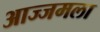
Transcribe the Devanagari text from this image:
आज्जमला